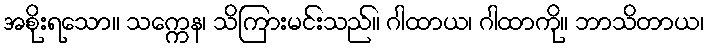
အစိုးရသော။ သက္ကေန၊ သိကြားမင်းသည်။ ဂါထာယ၊ ဂါထာကို။ ဘာသိတာယ၊